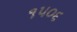
૧૫૦૬